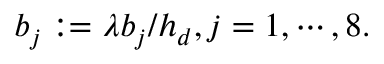
b _ { j } : = \lambda b _ { j } / h _ { d } , j = 1 , \cdots , 8 .